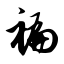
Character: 褊